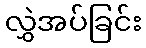
လွှဲအပ်ခြင်း